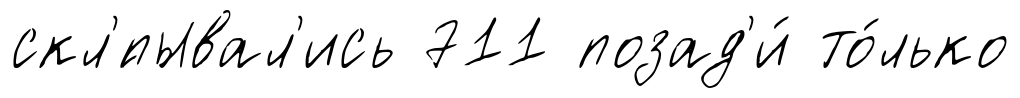
скл'́пывал'ись 711 позад'и́ то́лько